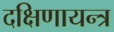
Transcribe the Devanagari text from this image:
दक्षिणायन्त्र